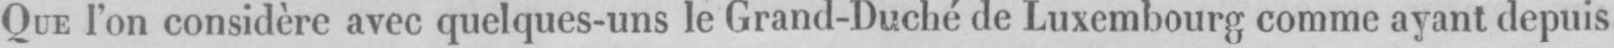
QUE l’on considère avec quelque-uns le Grand-Duché de Luxembourg comme ayant depuis